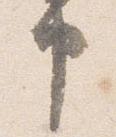
申